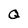
Character: Q